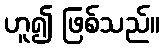
ဟူ၍ ဖြစ်သည်။